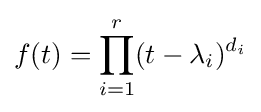
f(t)=\prod _{i=1}^{r}(t-\lambda _{i})^{d_{i}}